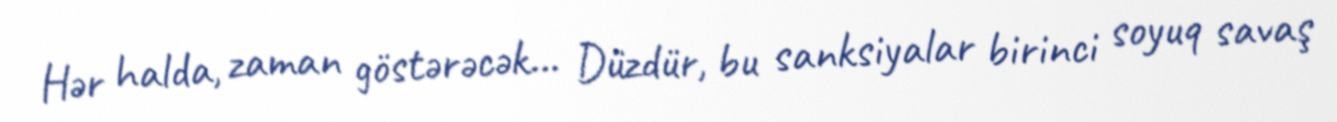
Hər halda, zaman göstərəcək... Düzdür, bu sanksiyalar birinci soyuq savaş